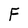
Character: F